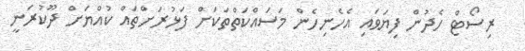
ރިސޯޓް ހެދުން ފިޔަވައި އެހެނިހެން މަސައްކަތްތަކަށް ފަޅުރަށްތައް ކުއްޔަށް ދޫކުރަނީ